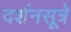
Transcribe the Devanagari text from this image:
दर्शनसूत्रे